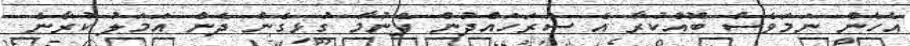
އެހެން ނަމަވެސް ބޮއްކުރާ އެ ސަރަހައްދުން ފެނުމާ ގުޅިގެން ދެން އަމަލު ކުރާނެ